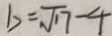
b = \sqrt { 1 7 } - 4